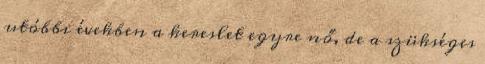
utóbbi években a kereslet egyre nő, de a szükséges